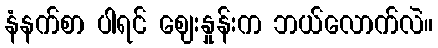
နံနက်စာ ပါရင် ဈေးနှုန်းက ဘယ်လောက်လဲ။